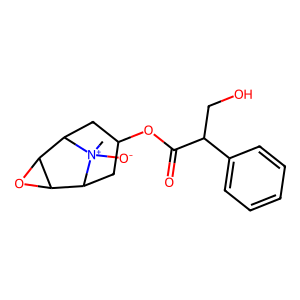
SMILES: C[N+]1([O-])C2CC(OC(=O)C(CO)c3ccccc3)CC1C1OC12
Inhibits HIV replication: No